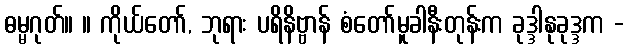
ဓမ္မဂုတ်။ ။ ကိုယ်တော်, ဘုရား ပရိနိဗ္ဗာန် စံတော်မူခါနီးတုန်းက ခုဒ္ဒါနုခုဒ္ဒက -